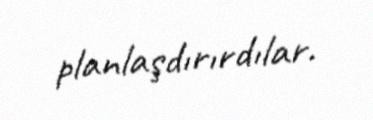
planlaşdırırdılar.